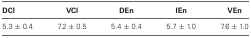
<table><thead><tr><td><b>DCl</b></td><td><b>VCl</b></td><td><b>DEn</b></td><td><b>IEn</b></td><td><b>VEn</b></td></tr></thead><tbody><tr><td>5.3 ± 0.4</td><td>7.2 ± 0.5</td><td>5.4 ± 0.4</td><td>5.7 ± 1.0</td><td>7.6 ± 1.0</td></tr></tbody></table>